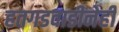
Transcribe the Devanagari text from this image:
हतगडवाडीनेही